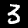
Label: 3